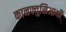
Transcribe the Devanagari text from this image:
कानफ्युसिआयी